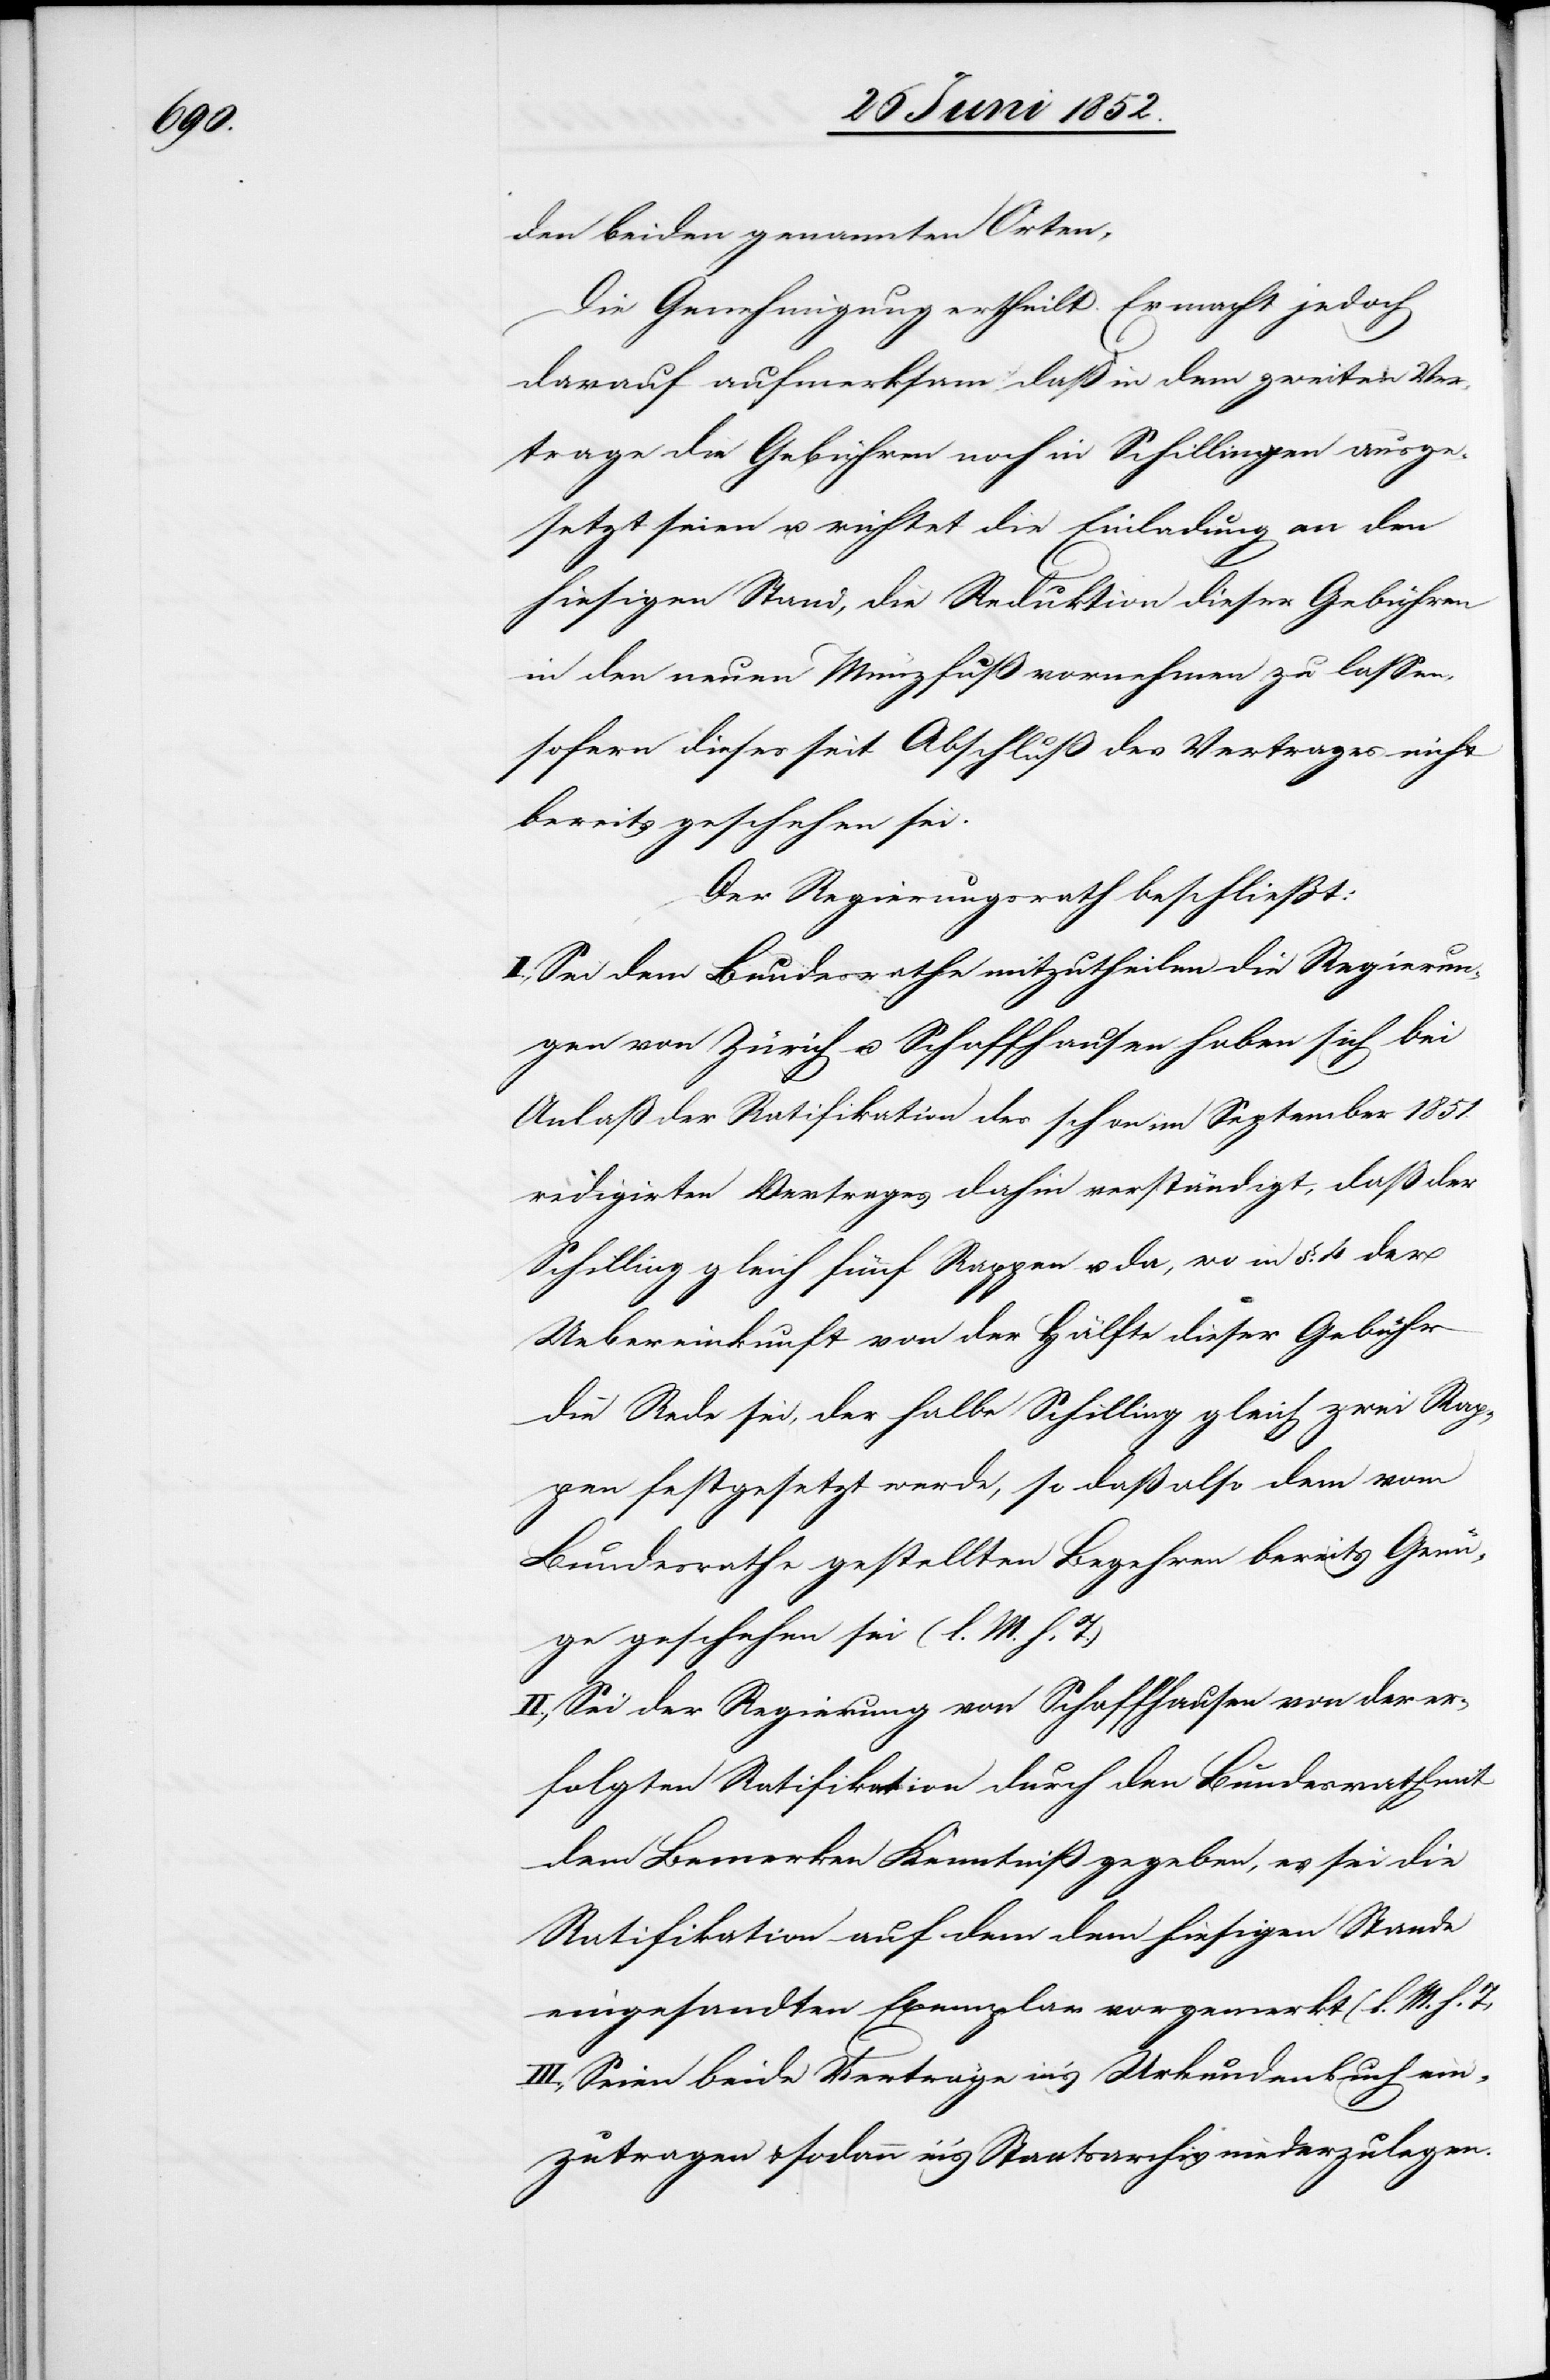
den beiden genannten Orten,
Die Genehmigung ertheilt. Er macht jedoch
darauf aufmerksam daß in dem zweiten Ver¬
trage die Gebühren noch in Schillingen ausge¬
setzt seien u. richtet die Einladung an den
hiesigen Stand, die Reduktion dieser Gebühren
in den neuen Münzfuß vornehmen zu lassen,
sofern dieses seit Abschluß des Vertrages nicht
bereits geschehen sei.
Der Regierungsrath beschließt:
I., Sei dem Bundesrathe mitzutheilen die Regierun¬
gen von Zürich u. Schaffhausen haben sich bei
Anlaß der Ratifikation des schon im September 1851.
redigirten Vertrages dahin verständigt, daß der
Schilling gleich fünf Rappen u. da, wo in §. 4 der
Uebereinkunft von der Hälfte dieser Gebühr
die Rede sei, der halbe Schilling gleich zwei Rap¬
pen festgesetzt werde, so daß also dem vom
Bundesrathe gestellten Begehren bereits Genü¬
ge geschehen sei (l. M. h. T.)
II., Sei der Regierung von Schaffhausen von der er¬
folgten Ratifikation durch den Bundesrath mit
dem Bemerken Kenntniß gegeben, es sei die
Ratifikation auf dem dem hiesigen Stande
eingesandten Exemplar vorgemerkt (l. M. h. T)
III., Seien beide Verträge in’s Urkundenbuch ein¬
zutragen & sodann in’s Staatsarchiv niederzulegen.